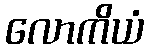
လောကိယံ